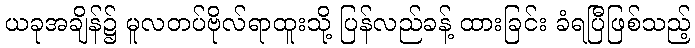
ယခုအချိန်၌ မူလတပ်ဗိုလ်ရာထူးသို့ ပြန်လည်ခန့် ထားခြင်း ခံရပြီဖြစ်သည့်